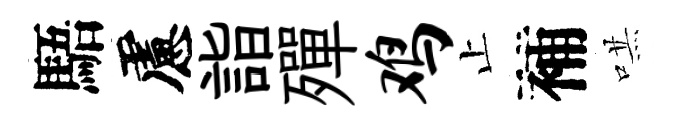
䮏慮詣殫鸡止補哄